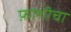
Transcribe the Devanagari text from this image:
फ़ाशीचा